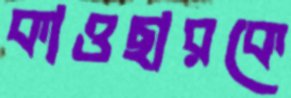
কাওছারকে